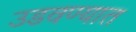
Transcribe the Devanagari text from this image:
उडवण्यात